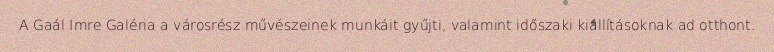
A Gaál Imre Galéria a városrész művészeinek munkáit gyűjti, valamint időszaki kiállításoknak ad otthont.